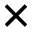
\times